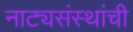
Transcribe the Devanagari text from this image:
नाट्यसंस्थांची